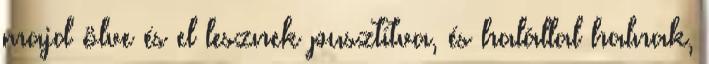
majd ölve és el lesznek pusztítva, és halállal halnak,